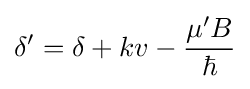
\delta '=\delta +kv-{\frac {\mu 'B}{\hbar }}